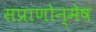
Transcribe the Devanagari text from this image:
सप्राणोन्मेष